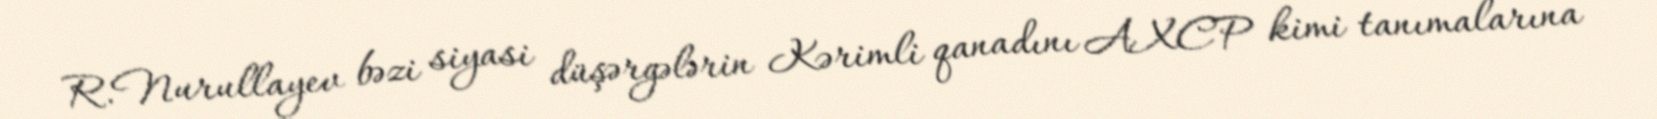
R.Nurullayev bəzi siyasi düşərgələrin Kərimli qanadını AXCP kimi tanımalarına